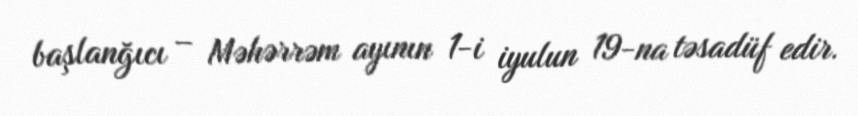
başlanğıcı – Məhərrəm ayının 1-i iyulun 19-na təsadüf edir.